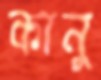
কানু